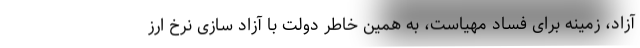
آزاد، زمینه برای فساد مهیاست، به همین خاطر دولت با آزاد سازی نرخ ارز